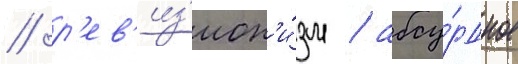
/ р'ев'из'ион'и́зм / абсу́рдное